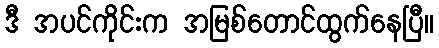
ဒီ အပင်ကိုင်းက အမြစ်တောင်ထွက်နေပြီ။